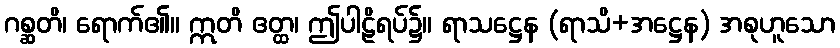
ဂစ္ဆတိ၊ ရောက်၏။ ဣတိ ဧတ္ထ၊ ဤပါဠိရပ်၌။ ရာသဋ္ဌေန (ရာသိ+အဋ္ဌေန) အစုဟူသော